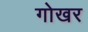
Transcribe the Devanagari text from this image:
गोखर